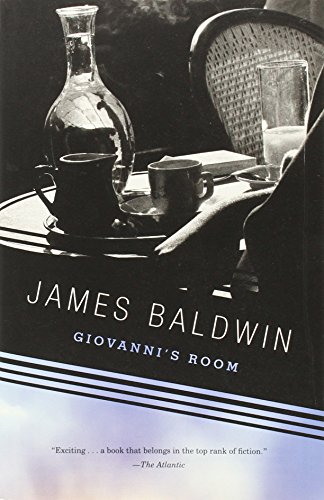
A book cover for Giovanni's Room (Vintage International); James Baldwin; Literature & Fiction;